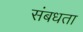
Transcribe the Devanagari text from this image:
संबधता